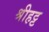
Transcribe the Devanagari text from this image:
श्रीहट्ट